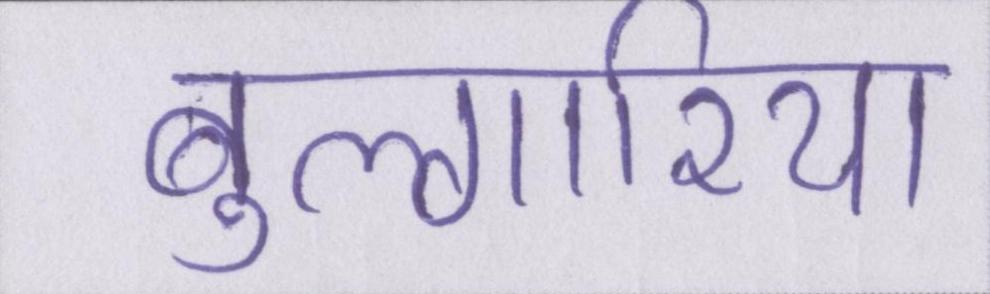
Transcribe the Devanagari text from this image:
बुल्गारिया